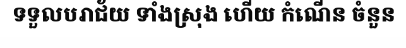
ទទួលបរាជ័យ ទាំងស្រុង ហើយ កំណើន ចំនួន